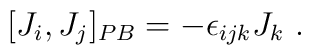
[J_i,J_j]_{PB}=-\epsilon_{ijk}J_k~.